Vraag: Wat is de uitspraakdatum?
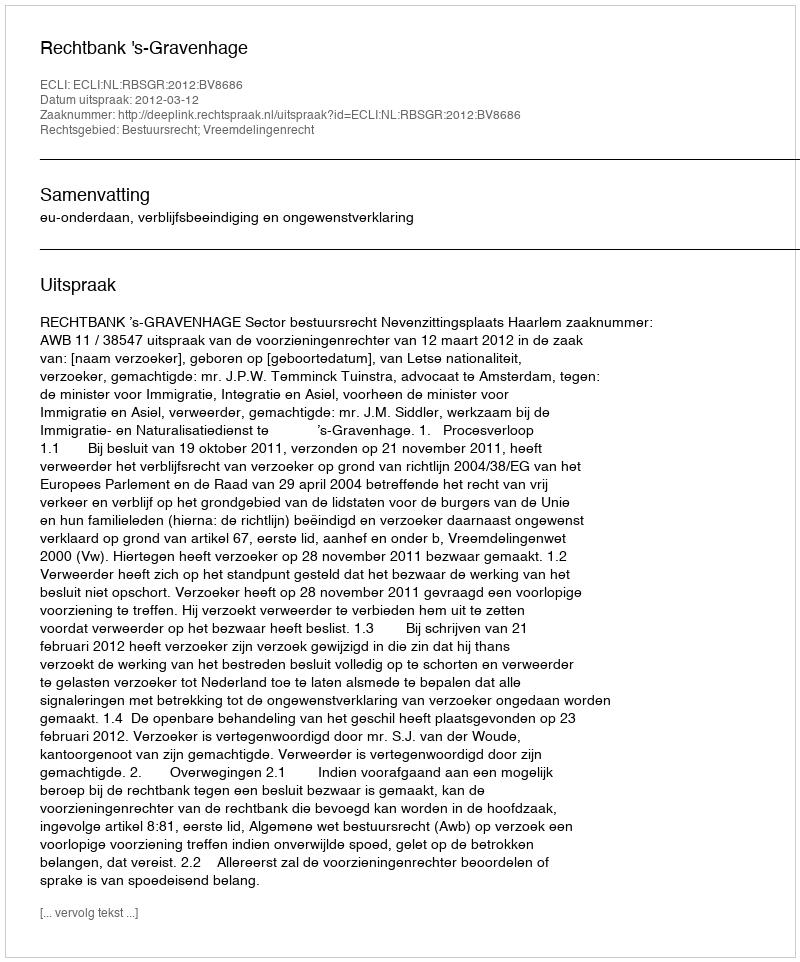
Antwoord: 2012-03-12